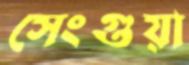
সেংগুয়া